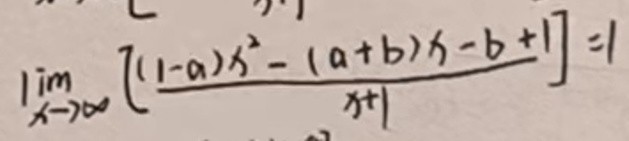
\(\lim_{\lambda \to \infty} \frac{[(1 - a)\lambda ^2 - (a + b)\lambda - b + 1]}{\lambda + 1}=1\)